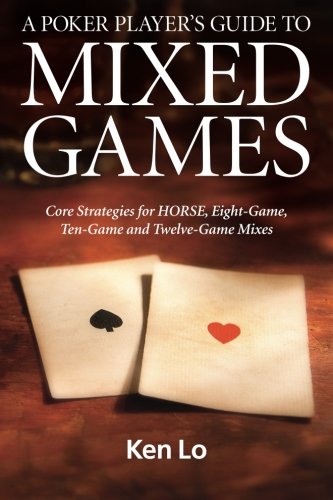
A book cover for A Poker Player's Guide to MIXED GAMES: Core Strategies for HORSE, Eight-Game, Ten-Game and Twelve-Game Mixes; Ken Lo; Humor & Entertainment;